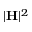
| \mathbf { H } | ^ { 2 }